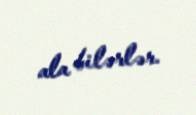
ala bilərlər.